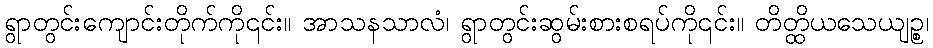
ရွာတွင်းကျောင်းတိုက်ကို၎င်း။ အာသနသာလံ၊ ရွာတွင်းဆွမ်းစားစရပ်ကို၎င်း။ တိတ္ထိယသေယျဉ္စ၊